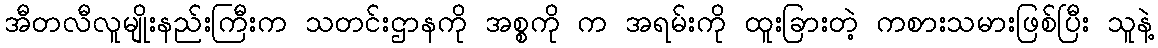
အီတလီလူမျိုးနည်းကြီးက သတင်းဌာနကို အစ္စကို က အရမ်းကို ထူးခြားတဲ့ ကစားသမားဖြစ်ပြီး သူနဲ့